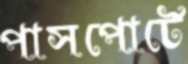
পাসপোর্টে